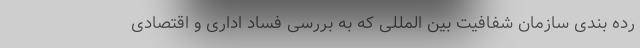
رده بندی سازمان شفافیت بین المللی که به بررسی فساد اداری و اقتصادی